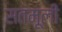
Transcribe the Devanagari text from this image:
सतमूली